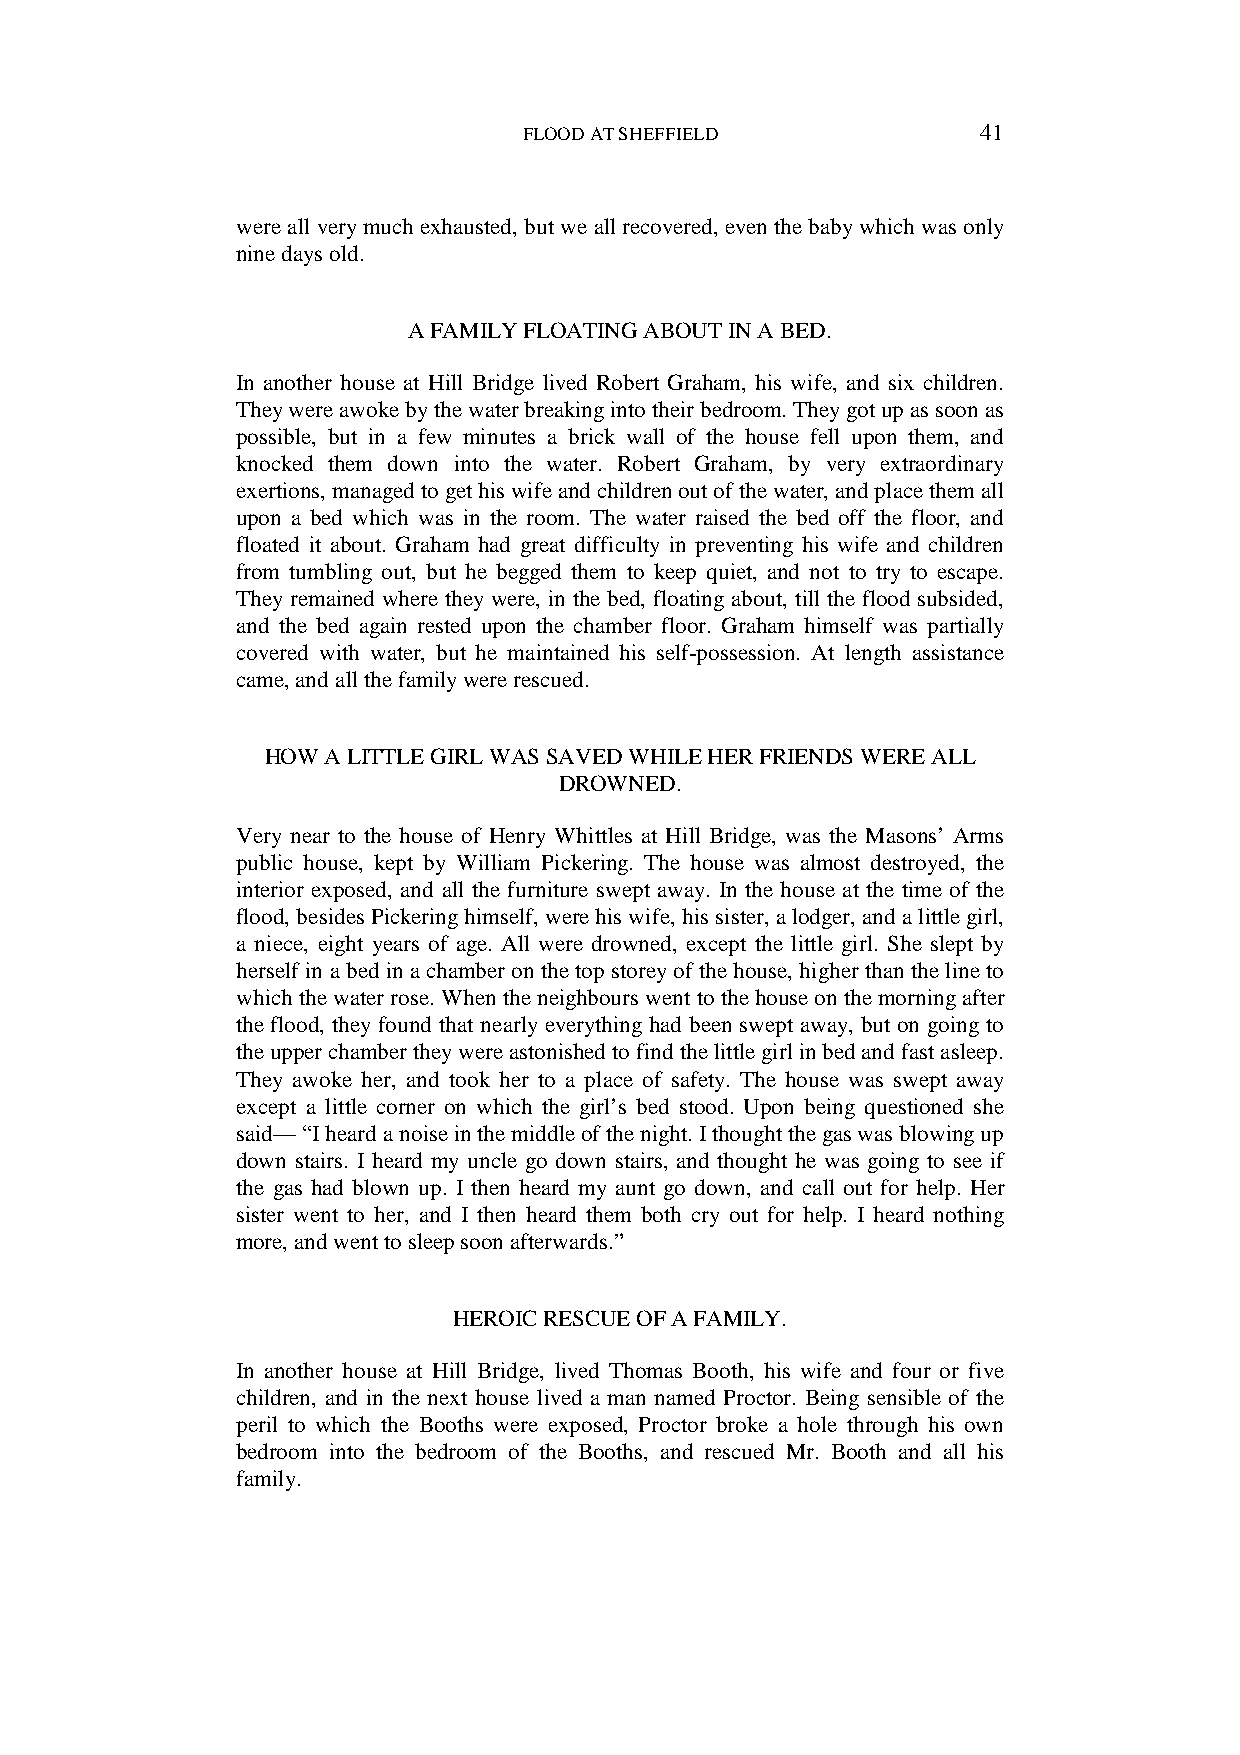
FLOOD AT SHEFFIELD            41
 were all very much exhausted, but we all recovered, even the baby which was only
 nine days old.
 A FAMILY FLOATING ABOUT IN A BED.
 In another house at Hill Bridge lived Robert Graham, his wife, and six children.
 They were awoke by the water breaking into their bedroom. They got up as soon as
 possible, but in a few minutes a brick wall of the house fell upon them, and
 knocked them down into the water. Robert Graham, by very extraordinary
 exertions, managed to get his wife and children out of the water, and place them all
 upon a bed which was in the room. The water raised the bed off the floor, and
 floated it about. Graham had great difficulty in preventing his wife and children
 from tumbling out, but he begged them to keep quiet, and not to try to escape.
 They remained where they were, in the bed, floating about, till the flood subsided,
 and the bed again rested upon the chamber floor. Graham himself was partially
 covered with water, but he maintained his self-possession. At length assistance
 came, and all the family were rescued.
 HOW A LITTLE GIRL WAS SAVED WHILE HER FRIENDS WERE ALL
 DROWNED.
 Very near to the house of Henry Whittles at Hill Bridge, was the Masons’ Arms
 public house, kept by William Pickering. The house was almost destroyed, the
 interior exposed, and all the furniture swept away. In the house at the time of the
 flood, besides Pickering himself, were his wife, his sister, a lodger, and a little girl,
 a niece, eight years of age. All were drowned, except the little girl. She slept by
 herself in a bed in a chamber on the top storey of the house, higher than the line to
 which the water rose. When the neighbours went to the house on the morning after
 the flood, they found that nearly everything had been swept away, but on going to
 the upper chamber they were astonished to find the little girl in bed and fast asleep.
 They awoke her, and took her to a place of safety. The house was swept away
 except a little corner on which the girl’s bed stood. Upon being questioned she
 said— “I heard a noise in the middle of the night. I thought the gas was blowing up
 down stairs. I heard my uncle go down stairs, and thought he was going to see if
 the gas had blown up. I then heard my aunt go down, and call out for help. Her
 sister went to her, and I then heard them both cry out for help. I heard nothing
 more, and went to sleep soon afterwards.”
 HEROIC RESCUE OF A FAMILY.
 In another house at Hill Bridge, lived Thomas Booth, his wife and four or five
 children, and in the next house lived a man named Proctor. Being sensible of the
 peril to which the Booths were exposed, Proctor broke a hole through his own
 bedroom into the bedroom of the Booths, and rescued Mr. Booth and all his
 family.